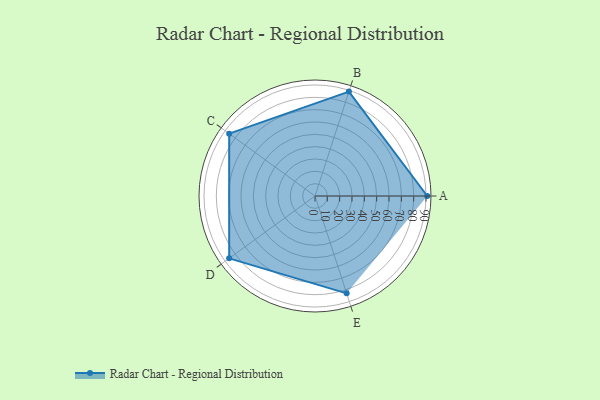
{"axis": {"x": "Skill", "y": "Score"}, "legend": ["Profile"], "data": [{"x": "A", "y": 91.0, "type": "Profile"}, {"x": "B", "y": 89.0, "type": "Profile"}, {"x": "C", "y": 86.0, "type": "Profile"}, {"x": "D", "y": 86.0, "type": "Profile"}, {"x": "E", "y": 83.0, "type": "Profile"}]}